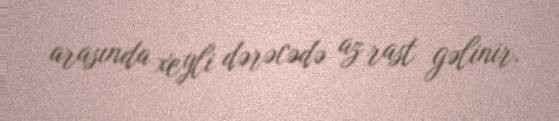
arasında xeyli dərəcədə az rast gəlinir.